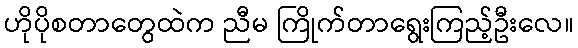
ဟိုပိုစတာတွေထဲက ညီမ ကြိုက်တာရွေးကြည့်ဦးလေ။